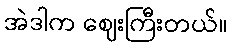
အဲဒါက ဈေးကြီးတယ်။